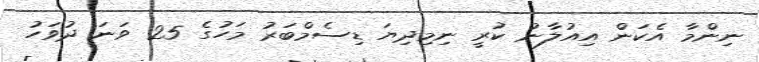
ނިންމާ އެކަން އިއުލާނު ކުރީ ނިމިދިޔަ ޑިސެމްބަރު މަހުގެ 25 ވަނަ ދުވަހު